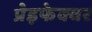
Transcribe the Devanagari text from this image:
प्रेइफेक्चर